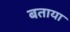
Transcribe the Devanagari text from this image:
बताया